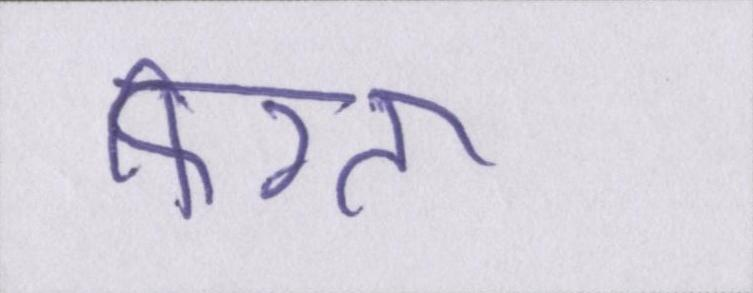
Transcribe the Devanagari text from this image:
फिरता